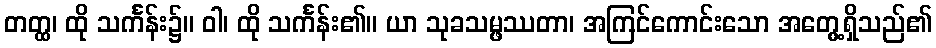
တတ္ထ၊ ထို သင်္ကန်း၌။ ဝါ၊ ထို သင်္ကန်း၏။ ယာ သုခသမ္ဖဿတာ၊ အကြင်ကောင်းသော အတွေ့ရှိသည်၏